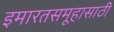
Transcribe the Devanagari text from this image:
इमारतसमूहासाठी